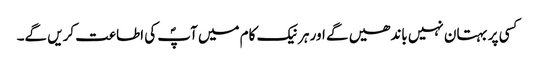
کسی پر بہتان نہیں باندھیں گے اور ہر نیک کام میں آپؐ کی اطاعت کریں گے۔